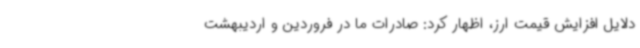
دلایل افزایش قیمت ارز، اظهار کرد: صادرات ما در فروردین و اردیبهشت